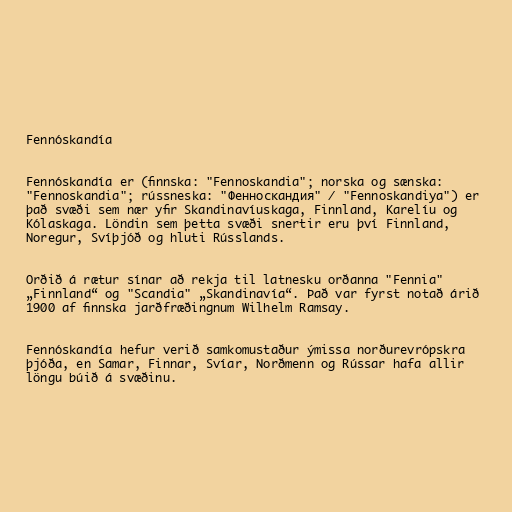
Fennóskandía

Fennóskandía er (finnska: "Fennoskandia"; norska og sænska:
"Fennoskandia"; rússneska: "Фенноскандия" / "Fennoskandiya") er
það svæði sem nær yfir Skandinavíuskaga, Finnland, Karelíu og
Kólaskaga. Löndin sem þetta svæði snertir eru því Finnland,
Noregur, Svíþjóð og hluti Rússlands.

Orðið á rætur sínar að rekja til latnesku orðanna "Fennia"
„Finnland“ og "Scandia" „Skandinavía“. Það var fyrst notað árið
1900 af finnska jarðfræðingnum Wilhelm Ramsay.

Fennóskandía hefur verið samkomustaður ýmissa norðurevrópskra
þjóða, en Samar, Finnar, Svíar, Norðmenn og Rússar hafa allir
löngu búið á svæðinu.